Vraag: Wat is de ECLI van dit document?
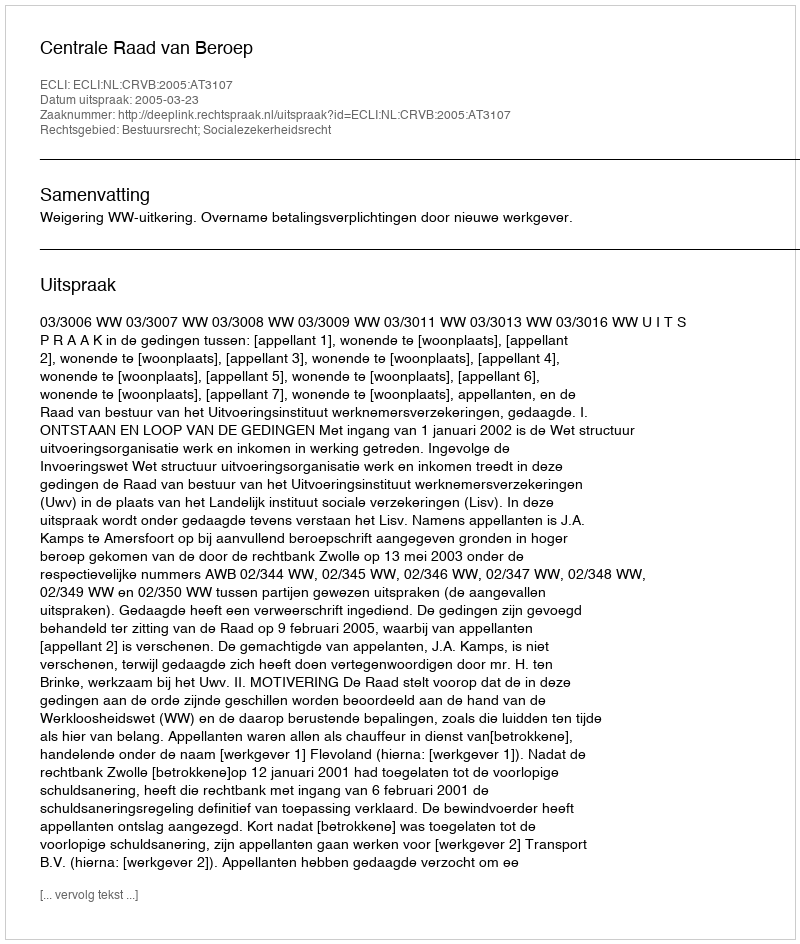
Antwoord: ECLI:NL:CRVB:2005:AT3107